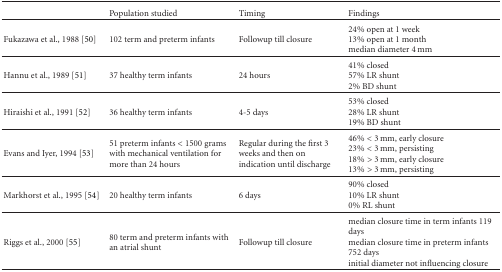
<table><thead><tr><td></td><td><b>Population studied</b></td><td><b>Timing</b></td><td><b>Findings</b></td></tr></thead><tbody><tr><td>Fukazawa et al., 1988 [50]</td><td>102 term and preterm infants</td><td>Followup till closure</td><td>24% open at 1 week13% open at 1 month median diameter 4 mm</td></tr><tr><td>Hannu et al., 1989 [51]</td><td>37 healthy term infants</td><td> 24 hours</td><td>41% closed57% LR shunt2% BD shunt</td></tr><tr><td>Hiraishi et al., 1991 [52]</td><td>36 healthy term infants</td><td>4-5 days</td><td>53% closed28% LR shunt19% BD shunt</td></tr><tr><td>Evans and Iyer, 1994 [53]</td><td>51 preterm infants &lt; 1500 grams with mechanical ventilation for more than 24 hours</td><td>Regular during the first 3 weeks and then on indication until discharge</td><td>46% &lt; 3 mm, early closure23% &lt; 3 mm, persisting18% &gt; 3 mm, early closure13% &gt; 3 mm, persisting</td></tr><tr><td>Markhorst et al., 1995 [54]</td><td>20 healthy term infants</td><td>6 days</td><td>90% closed10% LR shunt0% RL shunt</td></tr><tr><td>Riggs et al., 2000 [55]</td><td>80 term and preterm infants with an atrial shunt</td><td>Followup till closure</td><td>median closure time in term infants 119 daysmedian closure time in preterm infants 752 daysinitial diameter not influencing closure</td></tr></tbody></table>